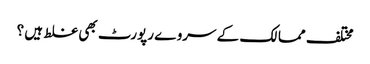
مختلف ممالک کے سروے رپورٹ بھی غلط ہیں ؟